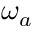
\omega _ { a }